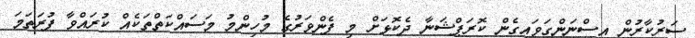
ސަރުކާރުން އިސްނަންގަވައިގެން ކޮރަޕްޝަނާ ދެކޮޅަށް މި ފެންވަރުގެ މުހިންމު މަސައްކަތްތަކެއް ކުރައްވާ ފުރަތަމަ